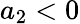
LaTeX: {a_{2}<0}